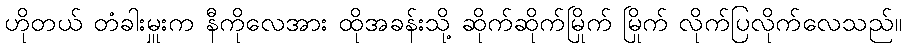
ဟိုတယ် တံခါးမှူးက နီကိုလေအား ထိုအခန်းသို့ ဆိုက်ဆိုက်မြိုက် မြိုက် လိုက်ပြလိုက်လေသည်။